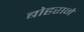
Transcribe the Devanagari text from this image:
बोहराने